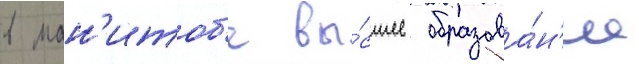
в ман'итоб'е вы́сшее образова́н'ие